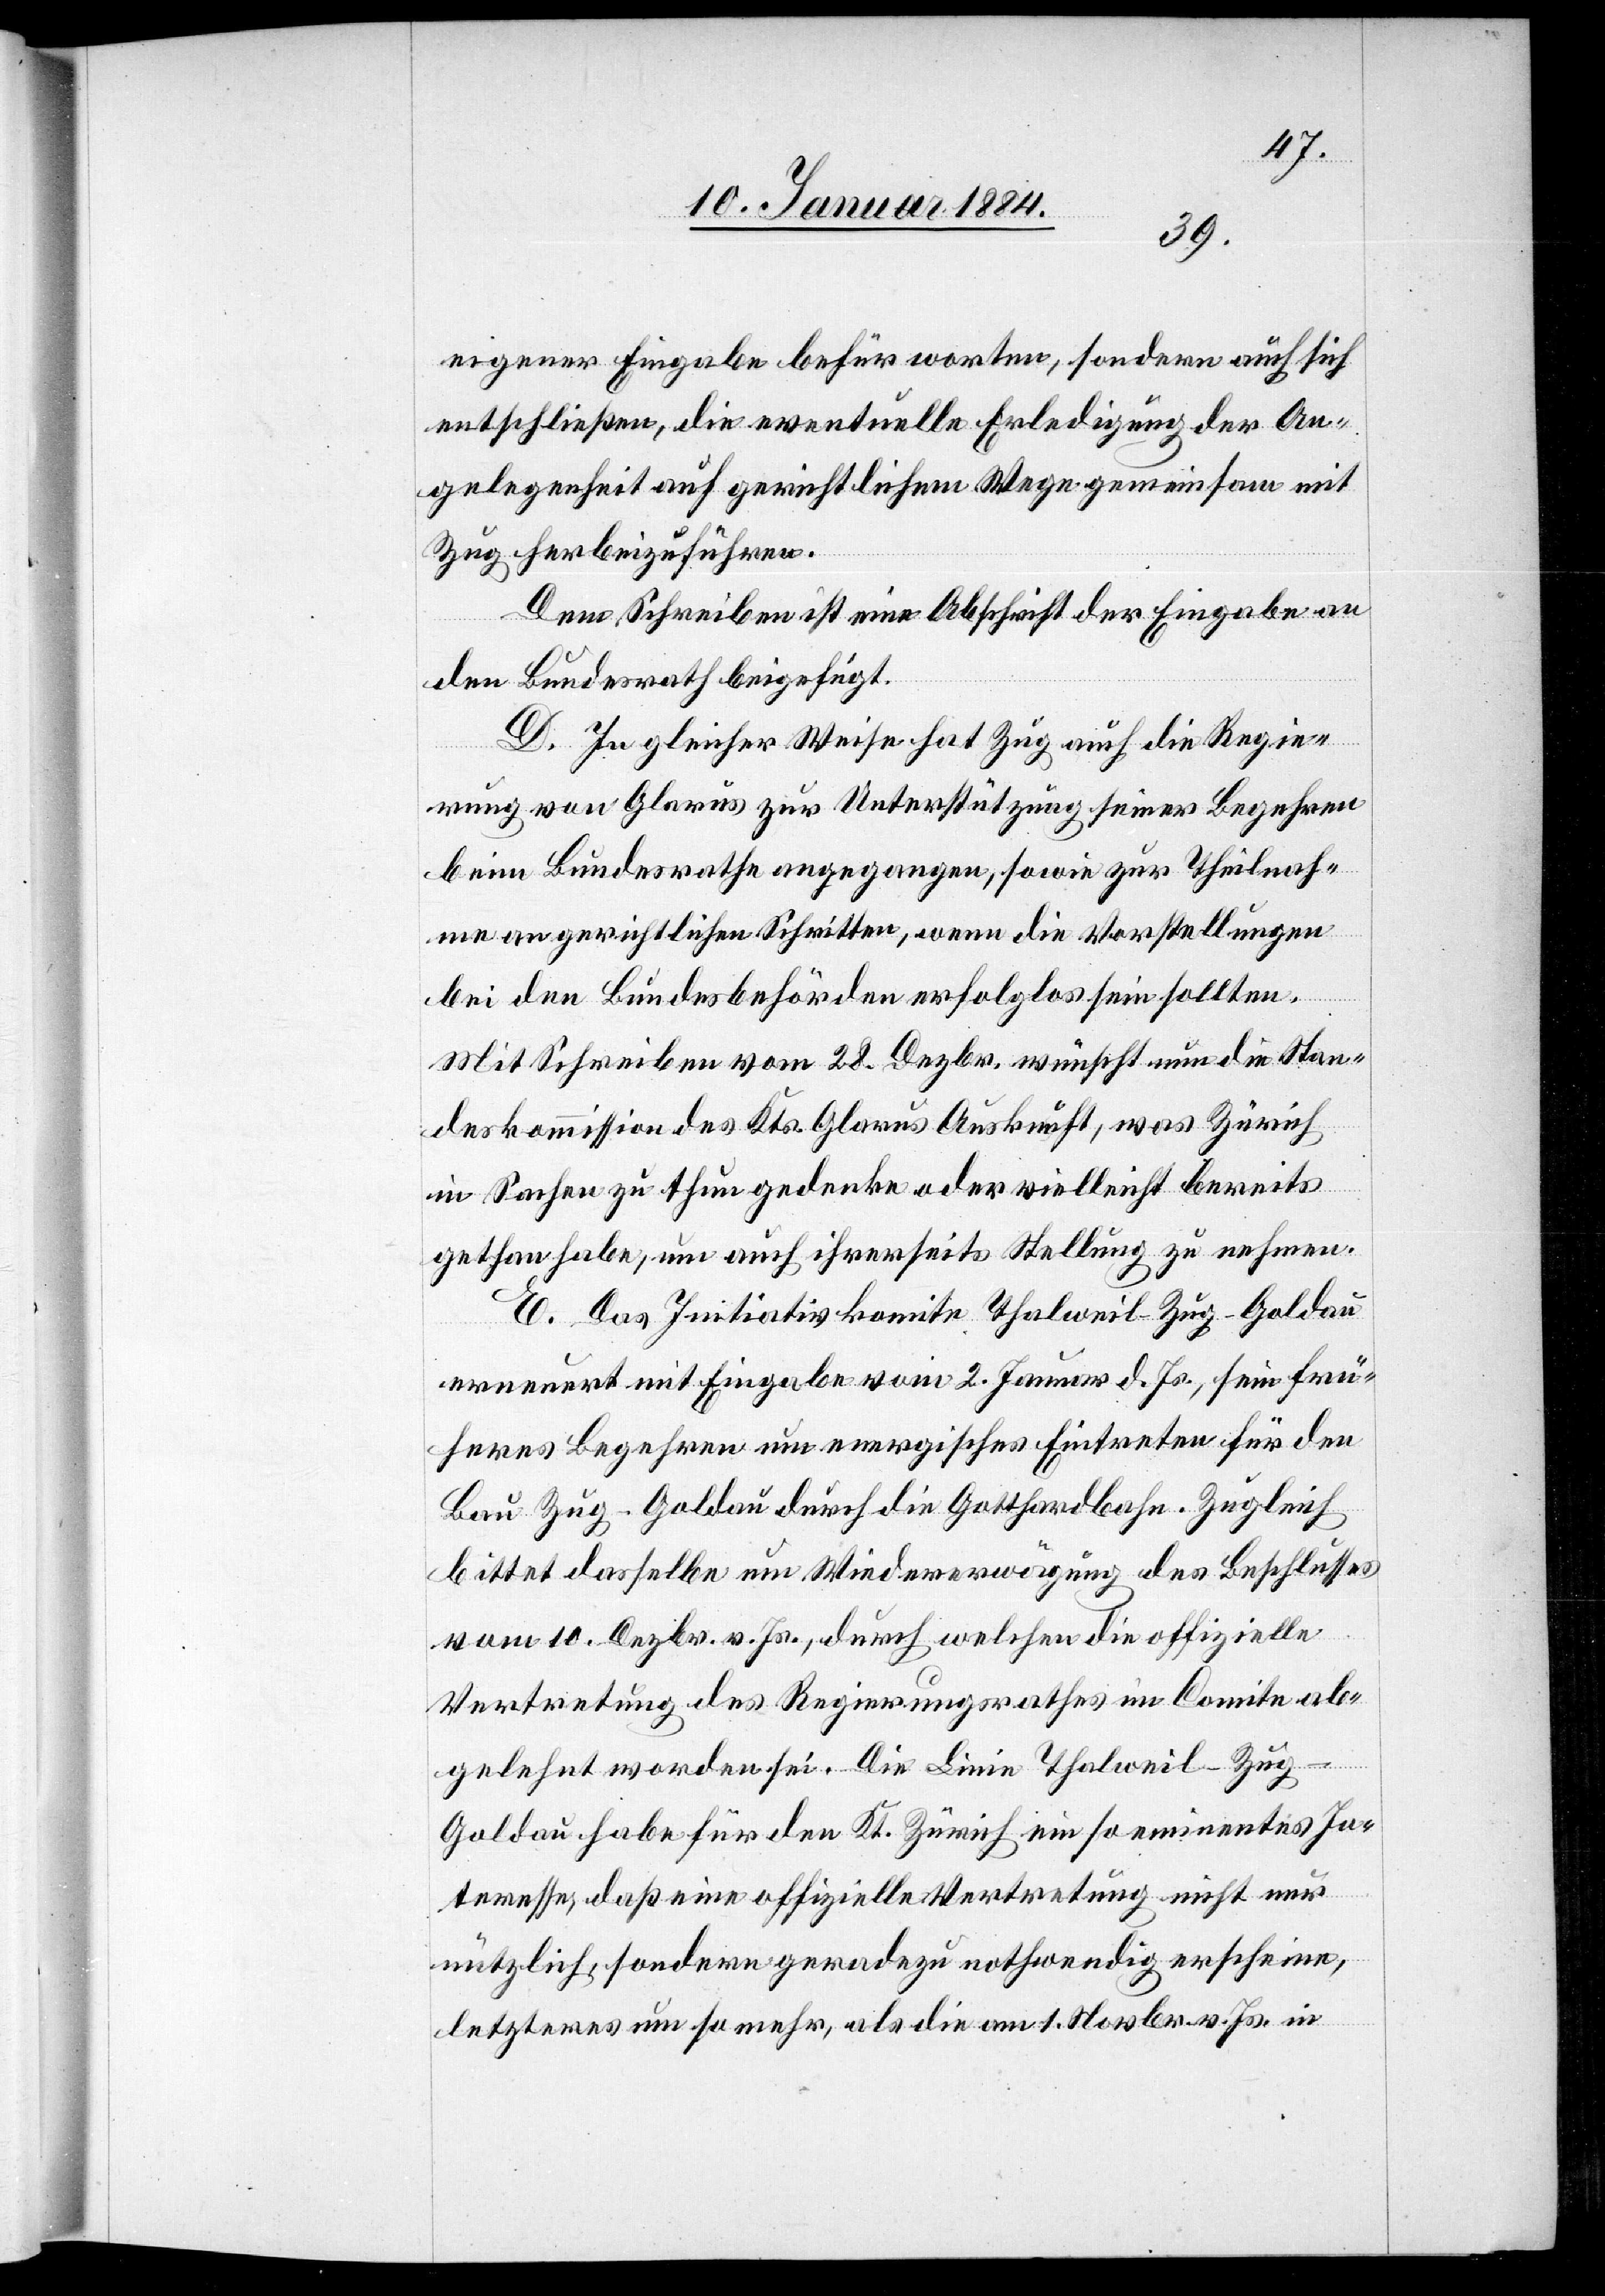
eigener Eingabe befürworten, sondern auch sich
entschließen, die eventuelle Erledigung der An¬
gelegenheit auf gerichtlichem Wege gemeinsam mit
Zug herbeizuführen.
Dem Schreiben ist eine Abschrift der Eingabe an
den Bundesrath beigefügt.
D. In gleicher Weise hat Zug auch die Regie¬
rung von Glarus zur Unterstützung seiner Begehren
beim Bundesrathe angegangen, sowie zur Theilnah¬
me an gerichtlichen Schritten, wenn die Vorstellungen
bei den Bundesbehörden erfolglos sein sollten.
Mit Schreiben vom 28. Dezbr. wünscht nun die Stan¬
deskommission des Kts. Glarus Auskunft, was Zürich
in Sachen zu thun gedenke oder vielleicht bereits
gethan habe, um auch ihrerseits Stellung zu nehmen.
E. Das Initiativkomite Thalweil–Zug–Goldau
erneuert mit Eingabe vom 2. Januar d. Js., sein frü¬
heres Begehren um energisches Eintreten für den
Bau Zug–Goldau durch die Gotthardbahn. Zugleich
bittet dasselbe um Wiedererwägung des Beschlusses
vom 10. Dezbr. v. Js., durch welchen die offizielle
Vertretung des Regierungsrathes in Comite ab¬
gelehnt worden sei. Die Linie Thalweil–Zug–G¬
oldau habe für den Kt. Zürich ein so eminentes In¬
teresse, daß eine offizielle Vertretung nicht nur
nützlich, sondern geradezu nothwendig erscheine,
letzteres um so mehr, als die am 1. Novbr. v. Js. in